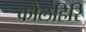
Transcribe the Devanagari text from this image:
कोलहिरि